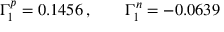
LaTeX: \Gamma _ { 1 } ^ { p } = 0 . 1 4 5 6 \, , \quad \quad \Gamma _ { 1 } ^ { n } = - 0 . 0 6 3 9